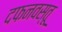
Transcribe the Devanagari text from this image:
दफनवस्तू